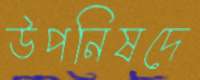
উপনিষদে